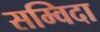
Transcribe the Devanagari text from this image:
सम्विदा